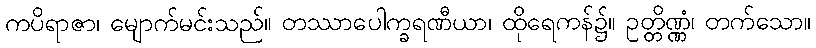
ကပိရာဇာ၊ မျောက်မင်းသည်။ တဿာပေါက္ခရဏီယာ၊ ထိုရေကန်၌။ ဥတ္တိဏ္ဏံ၊ တက်သော။